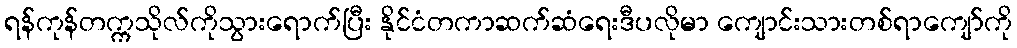
ရန်ကုန်တက္ကသိုလ်ကိုသွားရောက်ပြီး နိုင်ငံတကာဆက်ဆံရေးဒီပလိုမာ ကျောင်းသားတစ်ရာကျော်ကို